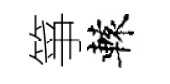
箏轅